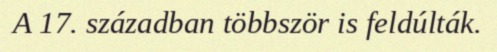
A 17. században többször is feldúlták.